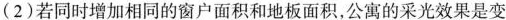
(2)若同时增加相同的窗户面积和地板面积，公寓的采光效果是变